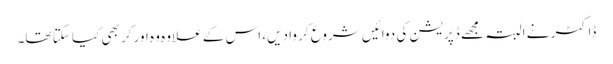
ڈاکٹر نے البتہ مجھے ڈپریشن کی دوائیں شروع کر وا دیں، اس کے علاوہ وہ اور کر بھی کیا سکتا تھا۔